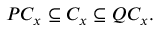
P C _ { x } \subseteq C _ { x } \subseteq Q C _ { x } .